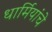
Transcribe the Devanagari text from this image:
धार्मियांचे